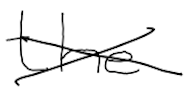
Text: the
Cross-out: cross
Writing tool: digital_black